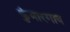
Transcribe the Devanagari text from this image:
कुंभारगाव